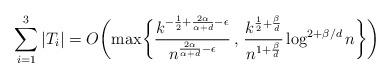
LaTeX: \begin{align*}\sum_{i=1}^3 |T_i| = O \biggl( \max\biggl\{\frac{k^{-\frac{1}{2}+\frac{2\alpha}{\alpha+d} - \epsilon}}{n^{\frac{2\alpha}{\alpha+d} - \epsilon}} \, , \, \frac{k^{\frac{1}{2}+\frac{\beta}{d}}}{n^{1+\frac{\beta}{d}}}\log^{2+\beta/d}n\biggr\} \biggr)\end{align*}